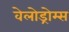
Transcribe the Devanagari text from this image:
वेलोड्रोम्स